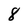
Character: 8